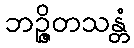
ဘဉ္ဇိတသန္တံ